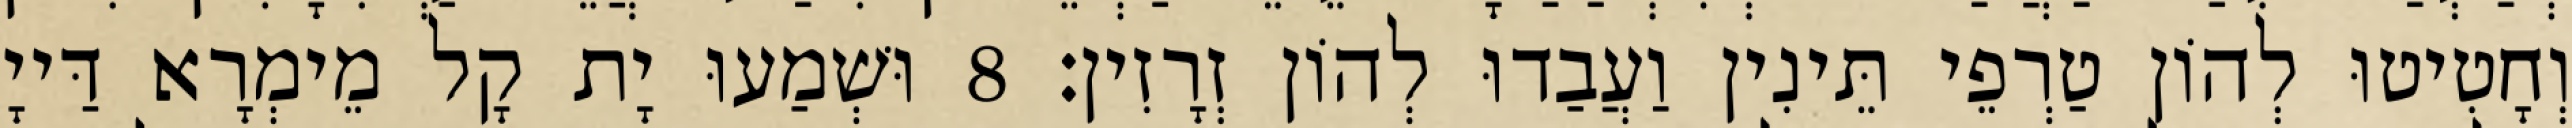
וְחָטִיטוּ לְהוֹן טַרְפֵי תֵּינִין וַעֲבַדוּ לְהוֹן זְרָזִין׃ 8 וּשְׁמַעוּ יָת קָל מֵימְרָא דַּייָ